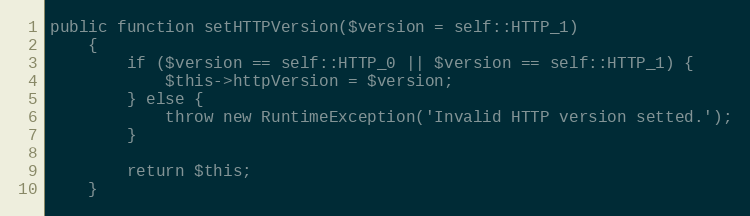
Language: PHP
public function setHTTPVersion($version = self::HTTP_1)
	{
		if ($version == self::HTTP_0 || $version == self::HTTP_1) {
			$this->httpVersion = $version;
		} else {
			throw new RuntimeException('Invalid HTTP version setted.');
		}

		return $this;
	}